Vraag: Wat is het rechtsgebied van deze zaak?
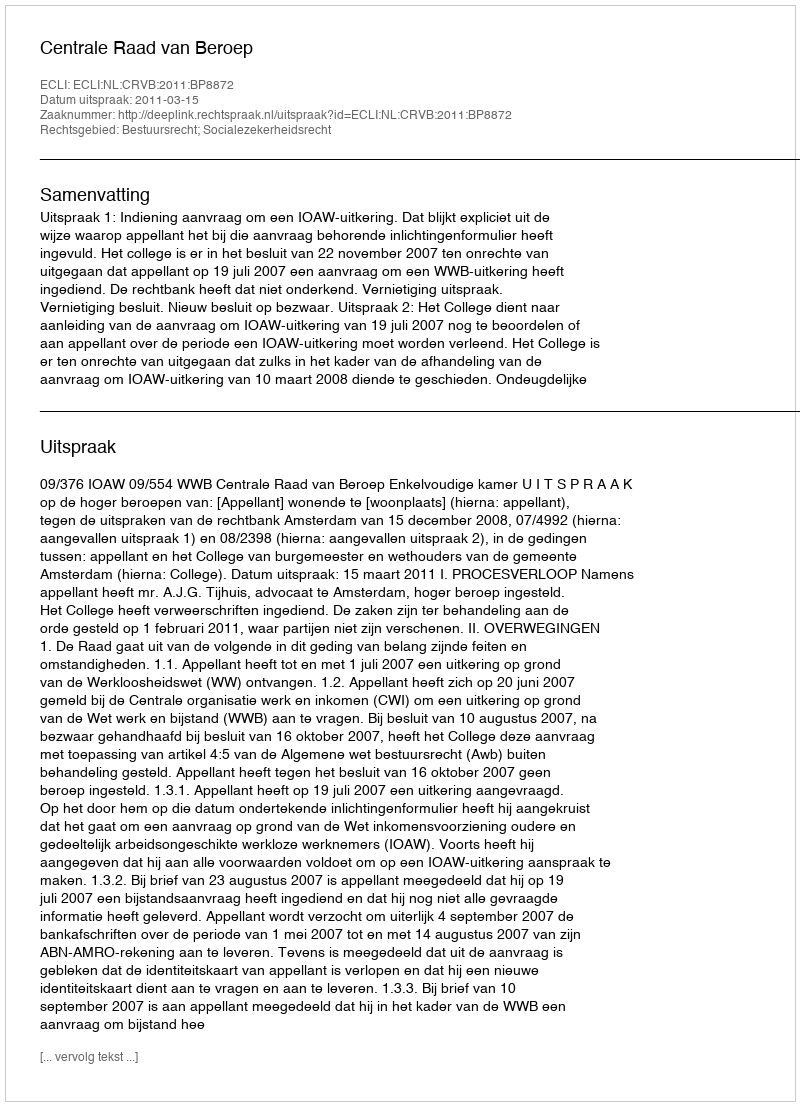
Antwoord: Bestuursrecht; Socialezekerheidsrecht